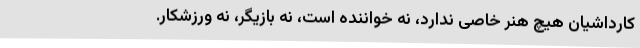
کارداشیان هیچ هنر خاصی ندارد، نه خواننده‌ است، نه بازیگر، نه ورزشکار.